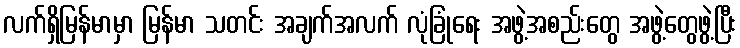
လက်ရှိမြန်မာမှာ မြန်မာ သတင်း အချက်အလက် လုံခြုံရေး အဖွဲ့အစည်းတွေ အဖွဲ့တွေဖွဲ့ပြီး